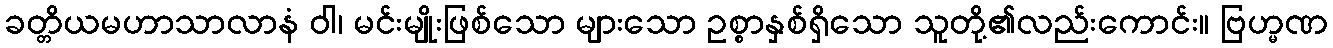
ခတ္တိယမဟာသာလာနံ ဝါ၊ မင်းမျိုးဖြစ်သော များသော ဥစ္စာနှစ်ရှိသော သူတို့၏လည်းကောင်း။ ဗြဟ္မဏ